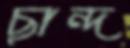
ছান্দ